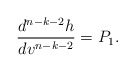
\begin{align*} \frac{d^{n-k-2}h}{dv^{n-k-2}}=P_1.\end{align*}